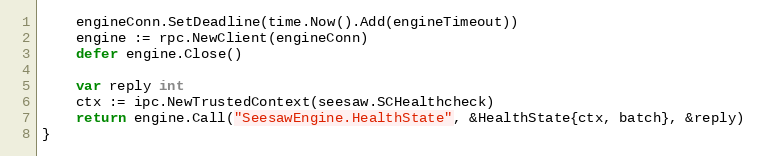
Language: Go
	engineConn.SetDeadline(time.Now().Add(engineTimeout))
	engine := rpc.NewClient(engineConn)
	defer engine.Close()

	var reply int
	ctx := ipc.NewTrustedContext(seesaw.SCHealthcheck)
	return engine.Call("SeesawEngine.HealthState", &HealthState{ctx, batch}, &reply)
}